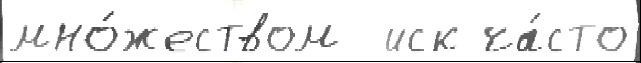
мно́жеством  иск ча́сто